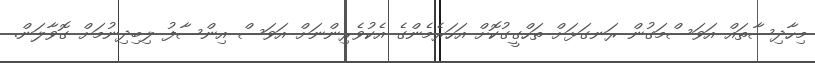
މިހާދިސާތައް އަވަސްމަގުން ރަނގަޅަށް ތަހްގީގުކޮށް އަހަރެމެންގެ އެކުވެރިންނަށް އަވަސް އިންސާފު ލިބިދިނުމަށް ގޮވާލަން.